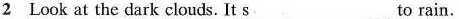
2 Look at the dark clouds. It s___ to rain.